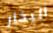
البخار